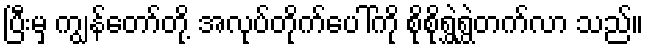
ပြီးမှ ကျွန်တော်တို့ အလုပ်တိုက်ပေါ်ကို စိုစိုရွှဲရွှဲတက်လာ သည်။